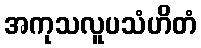
အကုသလူပသံဟိတံ